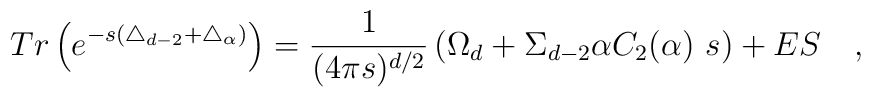
Tr\left(e^{-s(\triangle_{d-2}+\triangle_{\alpha})}\right)={1 \over (4\pi s)^{d/2}}\left(\Omega_d+\Sigma_{d-2}\alpha C_2(\alpha)~s\right)+ES~~~,